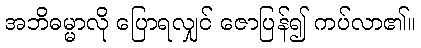
အဘိဓမ္မာလို ပြောရလျှင် ဇောပြန်၍ ကပ်လာ၏။